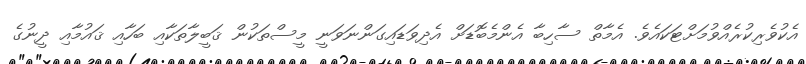
އެކުވެރިކުރެއްވުމަށްޓަކައެވެ. އެމާތް ސާހިބާ އެންމެބޮޑަށް އެދިވަޑައިގަންނަވަނީ މީސްތަކުން ޤަބީލާތަކާއި ބަހާއި ޤައުމާއި ދީނުގެ